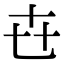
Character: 㔺